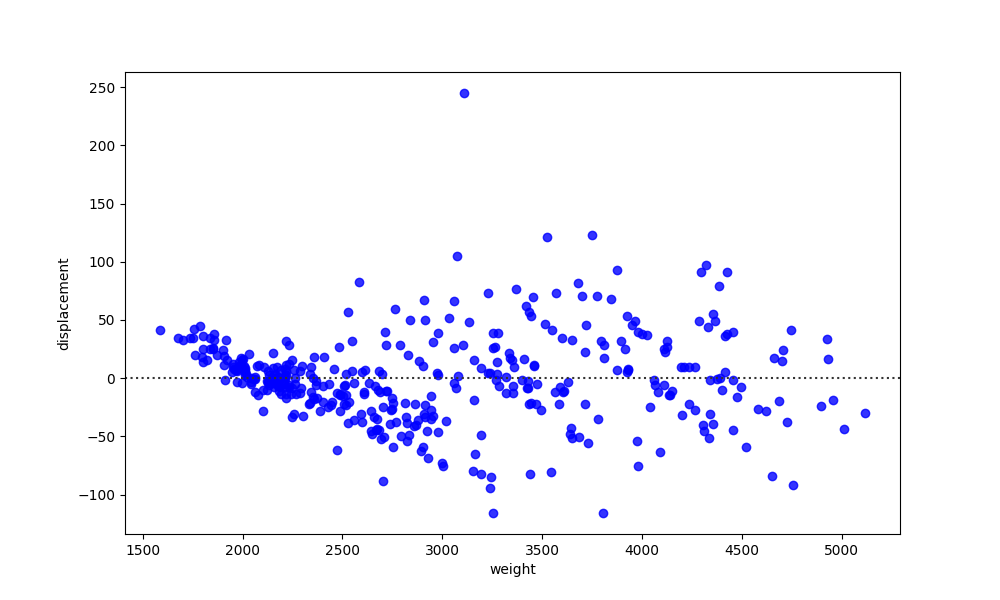
python, seaborn, residplot, lowess=False, scatter_color=blue